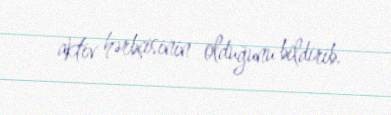
aktiv hərbçisinin olduğunu bildirib.